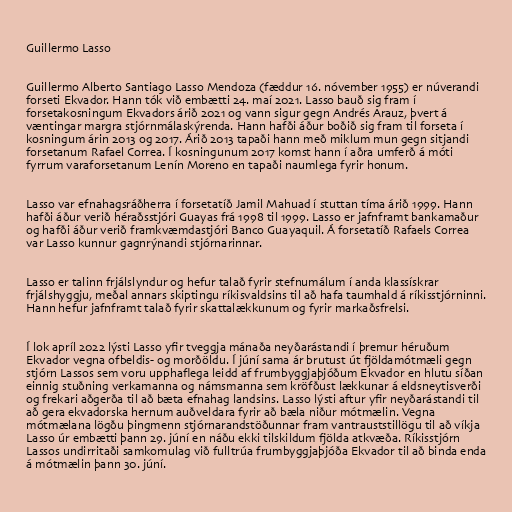
Guillermo Lasso

Guillermo Alberto Santiago Lasso Mendoza (fæddur 16. nóvember 1955) er núverandi
forseti Ekvador. Hann tók við embætti 24. maí 2021. Lasso bauð sig fram í
forsetakosningum Ekvadors árið 2021 og vann sigur gegn Andrés Arauz, þvert á
væntingar margra stjórnmálaskýrenda. Hann hafði áður boðið sig fram til forseta í
kosningum árin 2013 og 2017. Árið 2013 tapaði hann með miklum mun gegn sitjandi
forsetanum Rafael Correa. Í kosningunum 2017 komst hann í aðra umferð á móti
fyrrum varaforsetanum Lenín Moreno en tapaði naumlega fyrir honum.

Lasso var efnahagsráðherra í forsetatíð Jamil Mahuad í stuttan tíma árið 1999. Hann
hafði áður verið héraðsstjóri Guayas frá 1998 til 1999. Lasso er jafnframt bankamaður
og hafði áður verið framkvæmdastjóri Banco Guayaquil. Á forsetatíð Rafaels Correa
var Lasso kunnur gagnrýnandi stjórnarinnar.

Lasso er talinn frjálslyndur og hefur talað fyrir stefnumálum í anda klassískrar
frjálshyggju, meðal annars skiptingu ríkisvaldsins til að hafa taumhald á ríkisstjórninni.
Hann hefur jafnframt talað fyrir skattalækkunum og fyrir markaðsfrelsi.

Í lok apríl 2022 lýsti Lasso yfir tveggja mánaða neyðarástandi í þremur héruðum
Ekvador vegna ofbeldis- og morðöldu. Í júní sama ár brutust út fjöldamótmæli gegn
stjórn Lassos sem voru upphaflega leidd af frumbyggjaþjóðum Ekvador en hlutu síðan
einnig stuðning verkamanna og námsmanna sem kröfðust lækkunar á eldsneytisverði
og frekari aðgerða til að bæta efnahag landsins. Lasso lýsti aftur yfir neyðarástandi til
að gera ekvadorska hernum auðveldara fyrir að bæla niður mótmælin. Vegna
mótmælana lögðu þingmenn stjórnarandstöðunnar fram vantrauststillögu til að víkja
Lasso úr embætti þann 29. júní en náðu ekki tilskildum fjölda atkvæða. Ríkisstjórn
Lassos undirritaði samkomulag við fulltrúa frumbyggjaþjóða Ekvador til að binda enda
á mótmælin þann 30. júní.